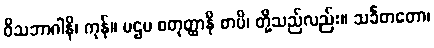
ဝိသဘာဂါနိ၊ ကုန်။ ပဌမ စတုတ္ထာနိ စာပိ၊ တို့သည်လည်း။ သင်္ခတတော၊